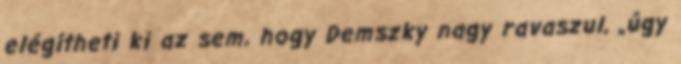
elégítheti ki az sem, hogy Demszky nagy rava­szul, „úgy